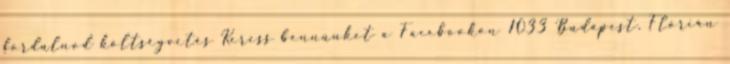
fordulnod költségvetés Keress bennünket a Facebookon 1033 Budapest, Flórián